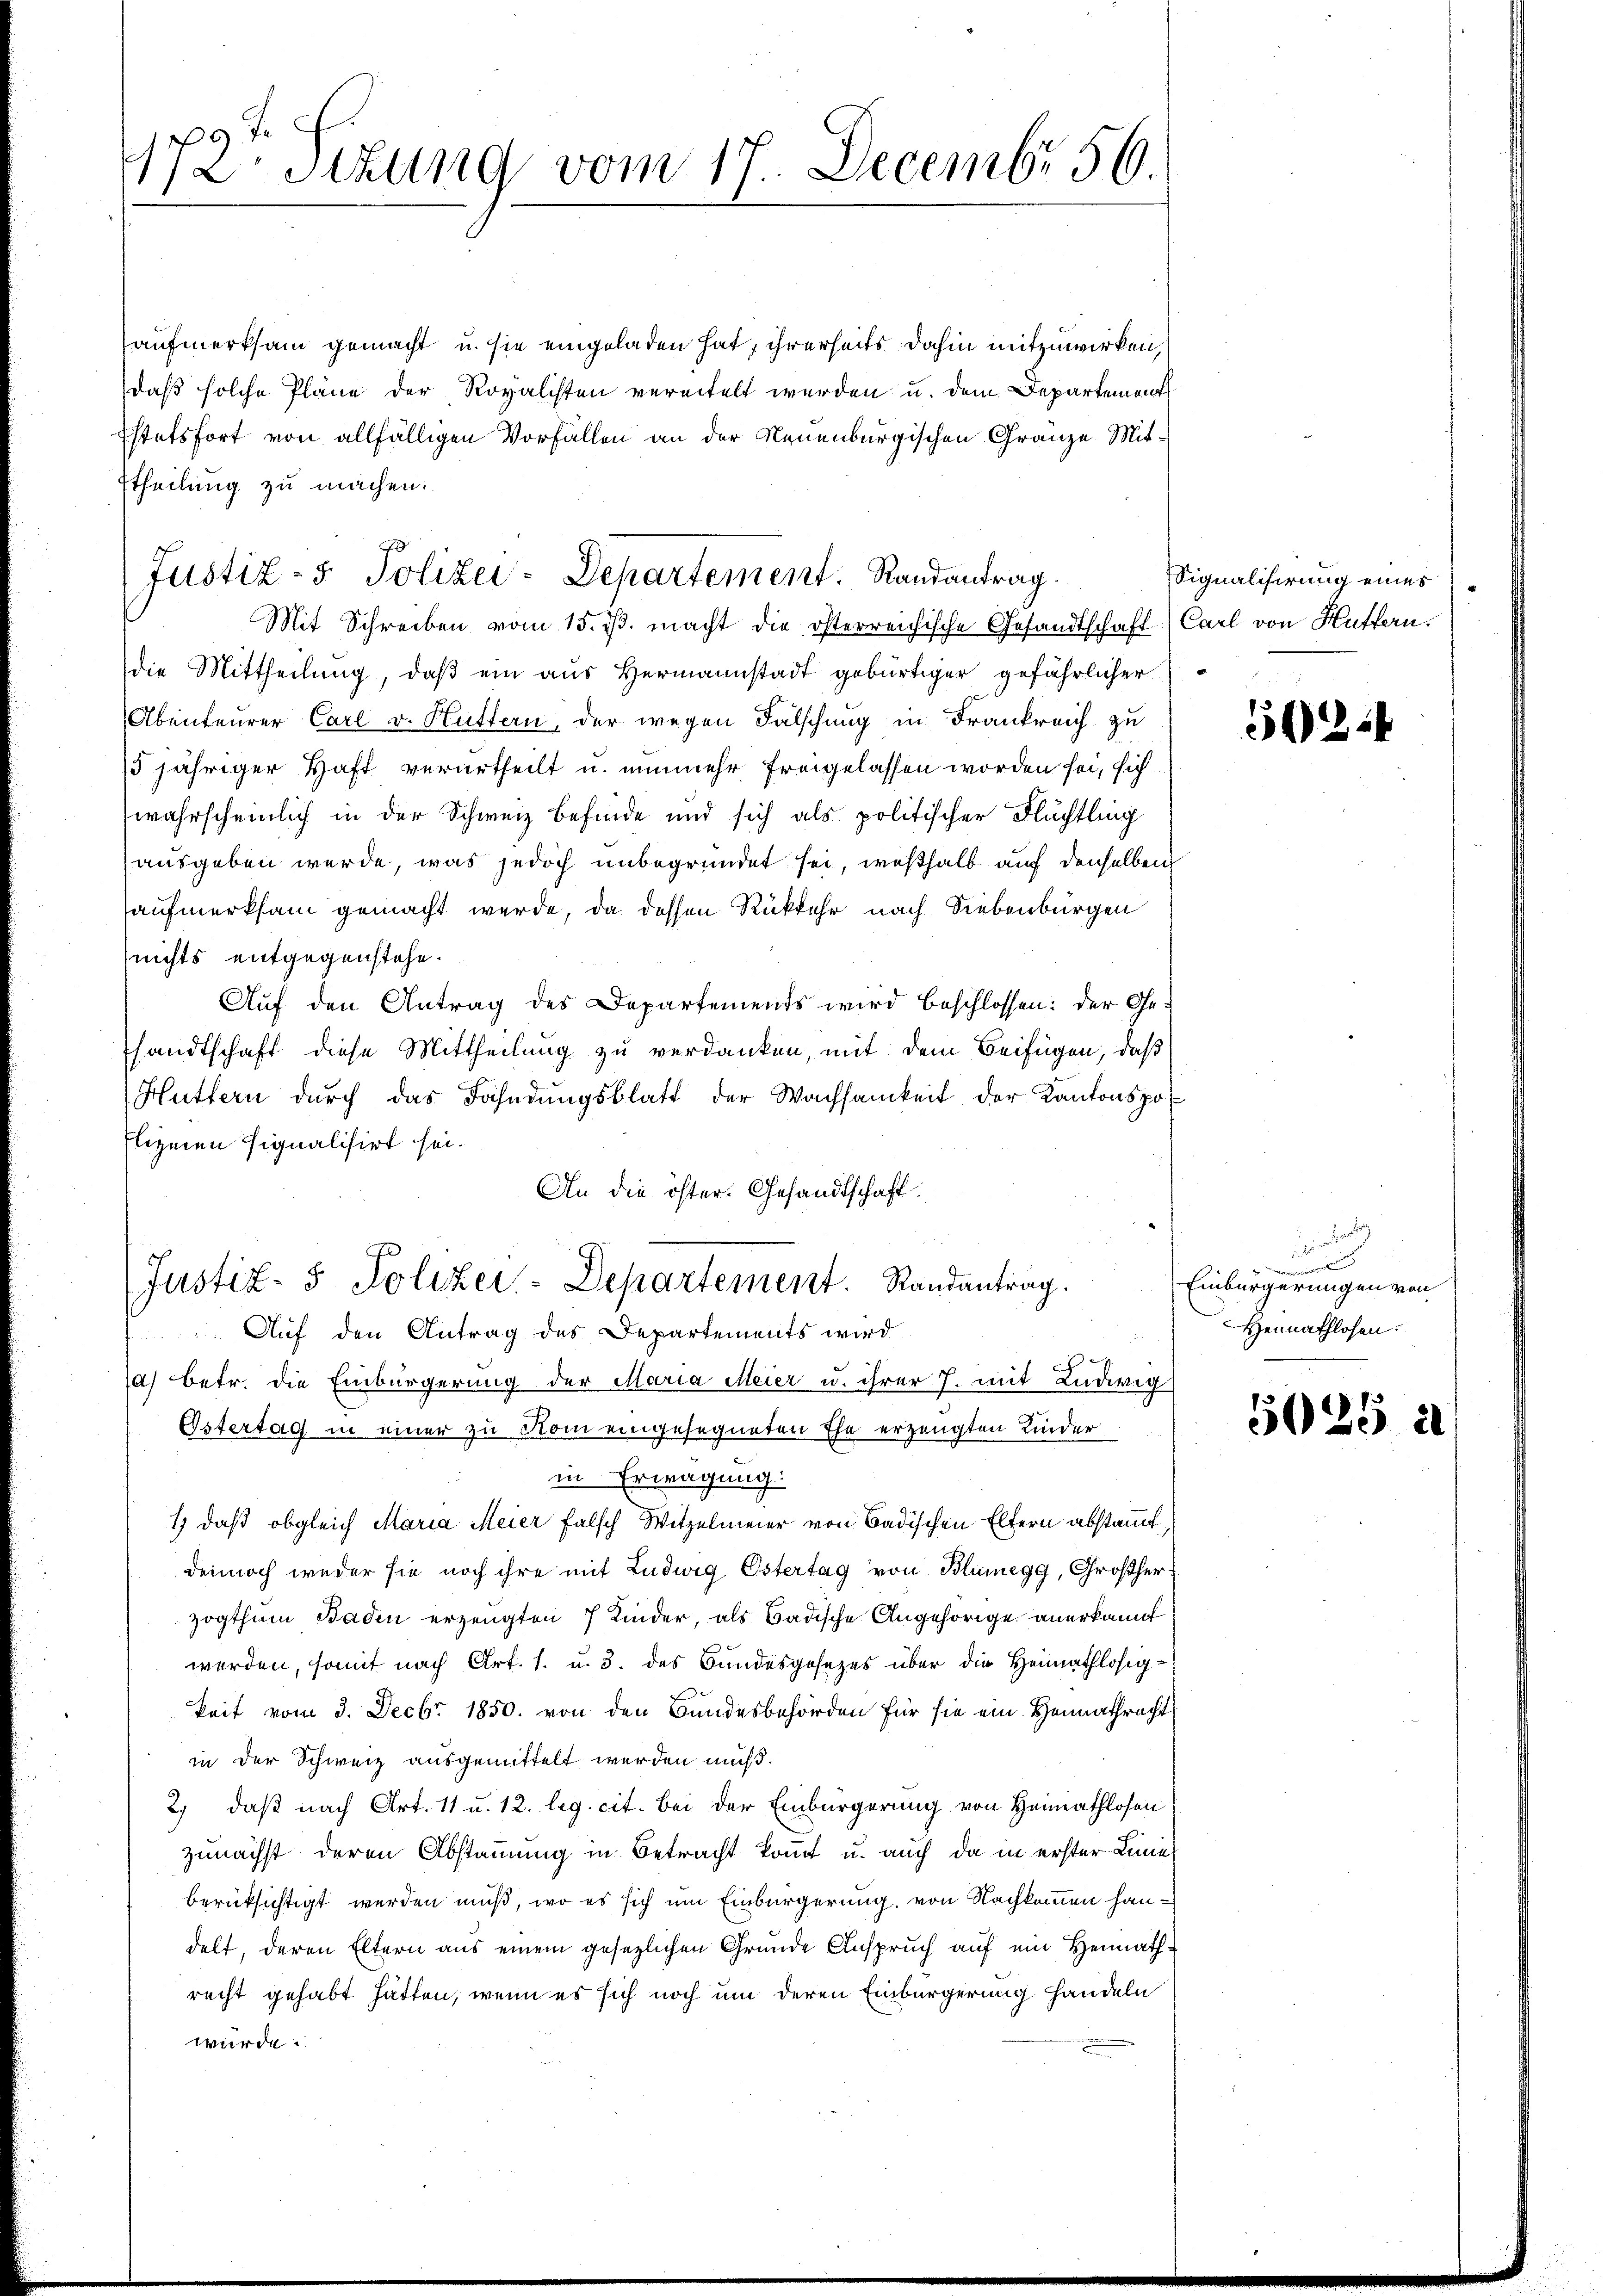
F
172. Sitzung vom 17. Decembr 56.

Justiz- & Polizei-Departement. Randantrag.

aufmerksam gemacht u. sie eingeladen hat, ihrerseits dahin mitzuwirken,
daß solche Pläne der Rovalisten vereitelt werden u. dem Departement
Estetsfort von allfälligen Vorfallen an der Neuenburgischen Gränze Mit¬
Etheilung zu machen.
Mit Schreiben vom 15. ds. macht die österreichische Gesandtschaft Carl von Huffern.
die Mittheilung, daß ein aus Hermannstadt gebürtiger gefährlicher
Abenteurer Carl v. Hüttern, der wegen Fälschung in Frankreich zu
5jähriger Haft verurtheilt u. nunmehr freigelassen worden sei, sich
wahrscheinlich in der Schweiz befinde und sich als politischer Flächtling
ausgeben werde, was jedoch unbegründet sei, weßhalb auf denselben
aufmerksam gemacht werde, da dessen Rückkehr nach Siebenbürgen
nichts entgegenstehe.
Auf den Antrag des Departements wird beschlossen: der Gesandtschaft diese Mittheilung zu verdanken, mit dem Beifügen, daß
Huttern durch das Fahndungsblatt der Wachsamkeit der Kantonspo¬
Elizien signalisirt sei.
An die öster. Gesandtschaft.
Justiz- & Polizei-Departement. Randantrag.
Auf den Antrag des Departements wird
1) betr. die Einbürgerung der Maria Meier u. ihrer J. mit Ludwig
Estertag in einer zu Rom eingesegneten Ehe erzeugten Kinder
in Erwägung:
1) daß obgleich Maria Meier falsch Witzelmeier von Badischen Eltern abstammt,
dennoch weder sie noch ihre mit Ludwig Östertag von Blumegg, Großherzogthum Baden erzeugten 7 Kinder, als Badische Angehörige anerkannt
werden, somit nach Art. 1. u. 3. des Bundesgesetzes über die Heimathlosigkeit vom 3. Decbr 1850. von den Bundesbehörden für sie ein Heimathrecht
in der Schweiz ausgemittelt werden muß.
2) daß nach Art. 11 u. 12. leg. cit. Bei der Einbürgerung von Heimathlosen
zunächst deren Abstammung in Betracht kommt u. auch da in erster Linie
berücksichtigt werden muß, wo es sich um Einbürgerung, von Nachkommen handelt, deren Eltern aus einem gesezlichen Grunde Anspruch auf ein Heimaths
recht gehabt hätten, wenn es sich noch um deren Einbürgerung handeln
würde.

Signalisirung eines

2

r

Einbürgerungen von
Heimathlosen.

5025 à